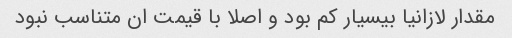
مقدار لازانیا بیسیار کم بود و اصلا با قیمت ان متناسب نبود